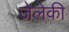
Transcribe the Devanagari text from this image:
जेलेकी